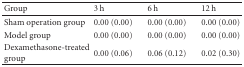
| Group | 3 h | 6 h | 12 h |
 | --- | --- | --- | --- |
 | Sham operation group | 0.00 (0.00) | 0.00 (0.00) | 0.00 (0.00) |
 | Model group | 0.00 (0.00) | 0.00 (0.00) | 0.00 (0.00) |
 | Dexamethasone-treated group | 0.00 (0.06) | 0.06 (0.12) | 0.02 (0.30) |